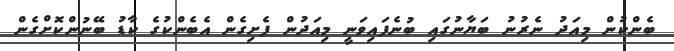
ބެންކުން މިއަދު ނެރުނު ބަޔާނުގައި ބުނެފައިވަނީ މިއަދުން ފެށިގެން އެބެންކުގެ ކާޑު ބޭނުންކޮށްގެން